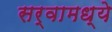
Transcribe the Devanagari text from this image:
सर्वामध्ये